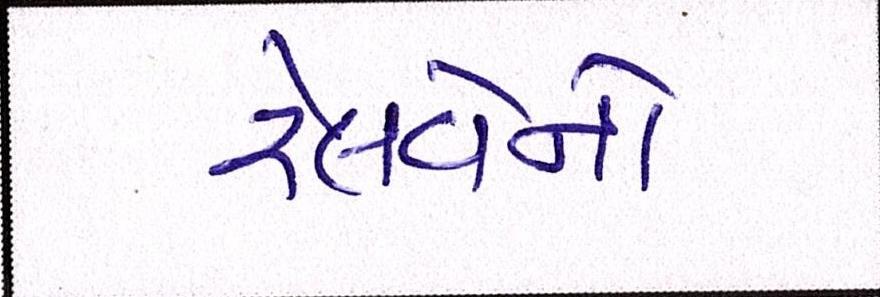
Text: રેલવેનો